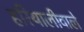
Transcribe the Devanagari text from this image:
हरियालीवाले